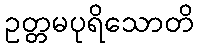
ဥတ္တမပုရိသောတိ